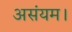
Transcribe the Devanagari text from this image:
असंयम।